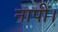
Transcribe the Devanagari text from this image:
नापीं।